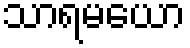
သာရမယော